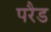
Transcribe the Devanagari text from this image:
परैड